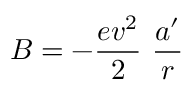
B = - \frac { e v ^ { 2 } } { 2 } \ \frac { a ^ { \prime } } r